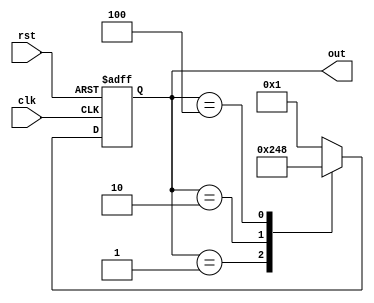
module JohnsonCounter(
    input wire clk,
    input wire rst,
    output reg [3:0] out
);

reg [3:0] state;

always @(posedge clk or posedge rst) begin
    if(rst) begin
        state <= 4'b0001;
    end else begin
        case (state)
            4'b0001: state <= 4'b0010;
            4'b0010: state <= 4'b0100;
            4'b0100: state <= 4'b1000;
            4'b1000: state <= 4'b0001;
            default: state <= 4'b0001;
        endcase
    end
end

assign out = state;

endmodule